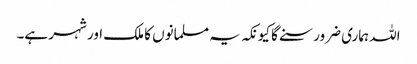
اللہ ہماری ضرور سنے گا کیونکہ یہ مسلمانوں کا ملک اور شہر ہے۔